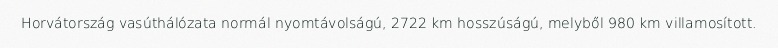
Horvátország vasúthálózata normál nyomtávolságú, 2722 km hosszúságú, melyből 980 km villamosított.